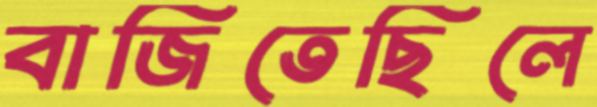
বাজিতেছিলে